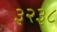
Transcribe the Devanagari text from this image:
३२३८